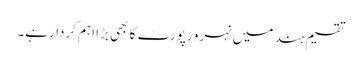
تقسیم ہند میں نہرو رپورٹ کا بھی بڑا اہم کردارہے۔